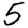
Digit: 5